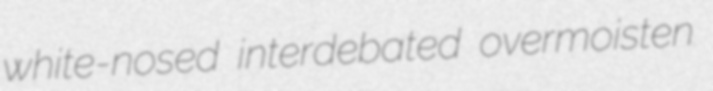
white-nosed interdebated overmoisten